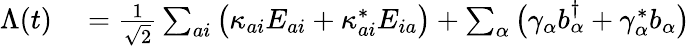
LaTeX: \begin{array}{rl}{\Lambda(t)}&{{}=\frac{1}{\sqrt{2}}\sum_{ai}\big(\kappa_{ai}E_{ai}+\kappa_{ai}^{*}E_{ia}\big)+\sum_{\alpha}\big(\gamma_{\alpha}b_{\alpha}^{\dagger}+\gamma_{\alpha}^{*}b_{\alpha}\big)}\end{array}